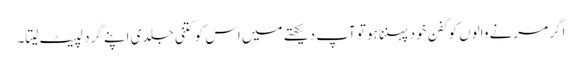
اگر مرنے والوں کو کفن خود پہننا ہو تو آپ دیکھتے میں اس کو کتنی جلدی اپنے گرد لپیٹ لیتا۔